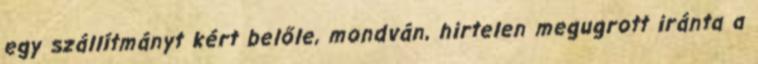
egy szállítmányt kért belőle, mondván, hirtelen megugrott iránta a